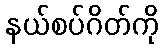
နယ်စပ်ဂိတ်ကို